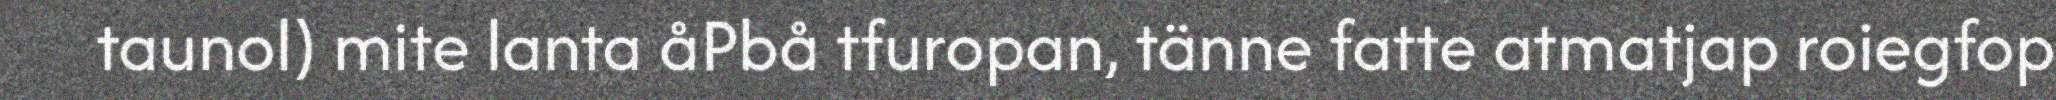
taunol) mite lanta åPbå tfuropan, tänne fatte atmatjap roiegfop